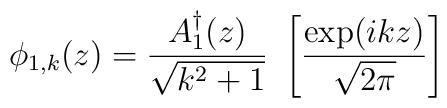
\phi_{1,k}(z) = {{A_{1}^{\dagger}(z)} \over {\sqrt{k^2 + 1}}} \ \left[{{\exp(ikz)} \over{\sqrt{2 \pi}}} \right]